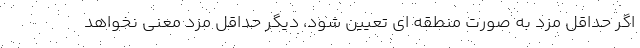
اگر حداقل مزد به صورت منطقه ای تعیین شود، دیگر حداقل مزد معنی نخواهد